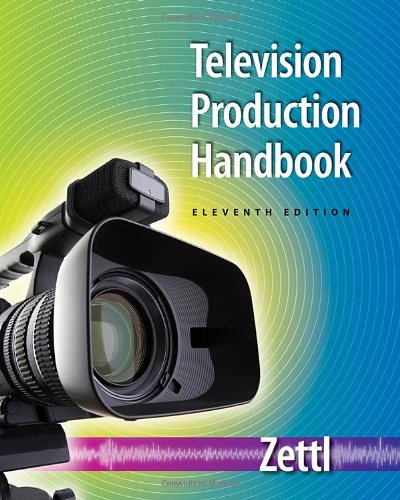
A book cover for Television Production Handbook (Wadsworth Series in Broadcast and Production); Herbert Zettl; Humor & Entertainment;